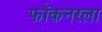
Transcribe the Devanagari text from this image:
फॉकनरला